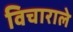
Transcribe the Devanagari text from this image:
विचाराले